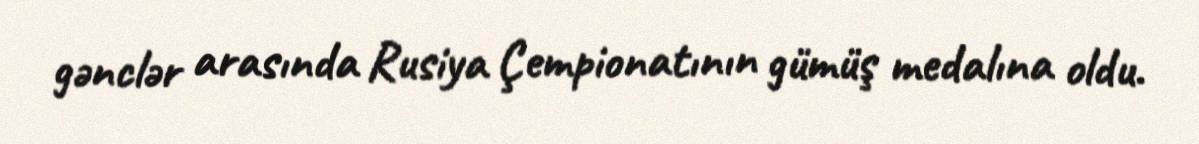
gənclər arasında Rusiya Çempionatının gümüş medalına oldu.